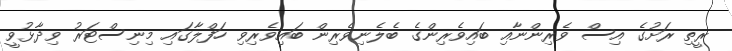
ރީތި ރަށުގެ އިސް ވެރިންނާއި ބައިވެރިންގެ ބެލެނިވެރިން ބައިވެރިވި ހަފްލާގައި މިނިސްޓަރު ވިދާޅުވީ